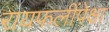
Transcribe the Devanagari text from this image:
रायफलींपेक्षा